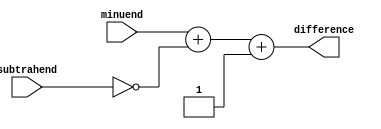
module Subtractor (
    input [3:0] minuend,
    input [3:0] subtrahend,
    output reg [3:0] difference
);

reg [3:0] inverted_subtrahend;

assign inverted_subtrahend = ~subtrahend;

always @* begin
    difference = minuend + inverted_subtrahend + 1;
end

endmodule